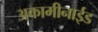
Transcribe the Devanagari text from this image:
अकामीनाईड